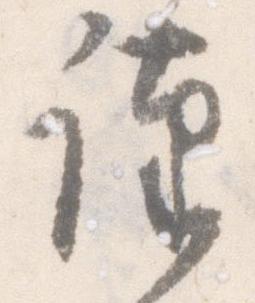
謹